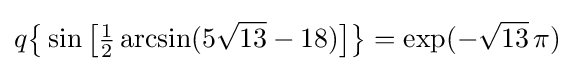
q{\bigl \{}\sin {\bigl [}{\tfrac {1}{2}}\arcsin(5{\sqrt {13}}-18){\bigr ]}{\bigr \}}=\exp(-{\sqrt {13}}\,\pi )